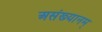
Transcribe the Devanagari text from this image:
असंख्यानम्‌